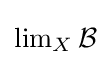
\operatorname {lim} _{X}{\mathcal {B}}